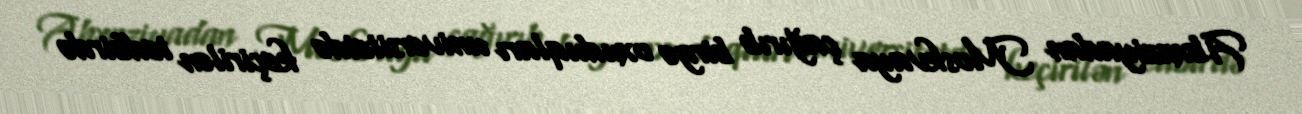
Abxaziyadan Moskvaya çağırıb birgə oxuduqları universitetdə keçirilən tedbirdə